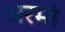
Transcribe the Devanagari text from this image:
अरमां